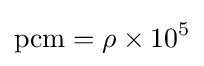
\mathrm {pcm} =\rho \times 10^{5}